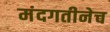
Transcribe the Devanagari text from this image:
मंदगतीनेच